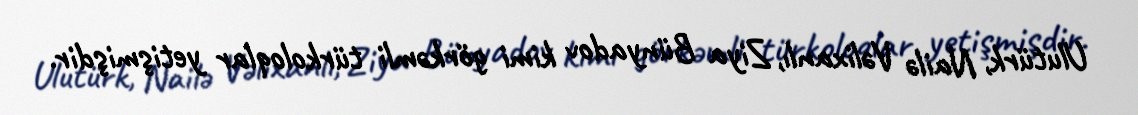
Ulutürk, Nailə Vəlixanlı, Ziya Bünyadov kimi görkəmli türkoloqlar yetişmişdir.